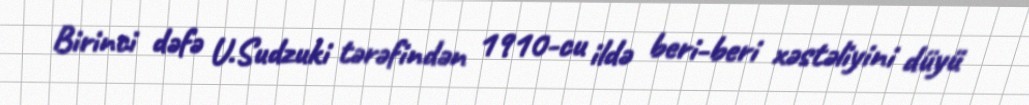
Birinci dəfə U.Sudzuki tərəfindən 1910-cu ildə beri-beri xəstəliyini düyü